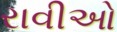
રાવીઓ